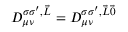
D _ { \mu \nu } ^ { \sigma \sigma ^ { \prime } , \vec { L } } = D _ { \mu \nu } ^ { \sigma \sigma ^ { \prime } , \vec { L } \vec { 0 } }